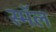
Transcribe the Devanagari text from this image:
स्मॅल